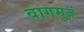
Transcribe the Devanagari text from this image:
वागमृतं